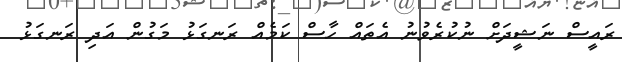
ރައީސް ނަޝީދަށް ނުކުރެވުނު އެތައް ހާސް ކަމެއް ރަނގަޅު މަގުން އަދި ރަނގަޅު